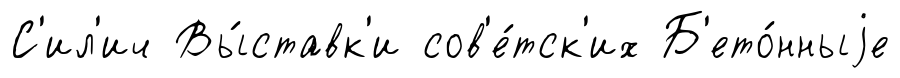
С'ил'ич Вы́ставк'и сов'е́тск'их Б'ето́нныjе